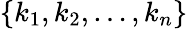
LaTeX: \{ k_{1},k_{2},\dots,k_{n}\}